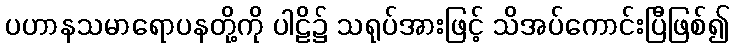
ပဟာနသမာရောပနတို့ကို ပါဠိ၌ သရုပ်အားဖြင့် သိအပ်ကောင်းပြီဖြစ်၍